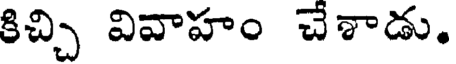
కిచ్చి వివాహం చేశాడు.